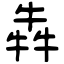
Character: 犇